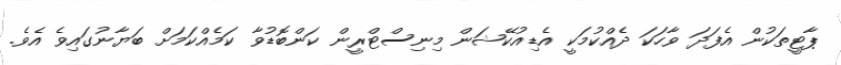
ޕާޓީތަކުން އެފަދަ ވާހަކަ ދެއްކުމަކީ އެޑިއުކޭޝަން މިނިސްޓްރީން ކަންބޮޑުވާ ކަމެއްކަމަށް ބަޔާނުގައިވެ އެވެ.